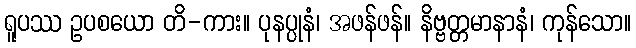
ရူပဿ ဥပစယော တိ-ကား။ ပုနပ္ပုနံ၊ အဖန်ဖန်။ နိဗ္ဗတ္တမာနာနံ၊ ကုန်သော။